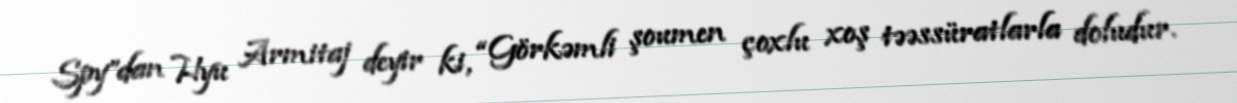
Spy”dan Hyu Armitaj deyir ki, “Görkəmli şoumen çoxlu xoş təəssüratlarla doludur.